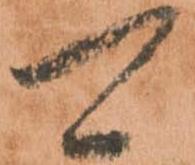
可